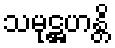
သမုဋ္ဌဟန္တိ